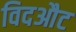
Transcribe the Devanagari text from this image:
विदऔट